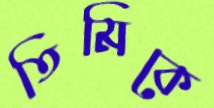
তিমিকে